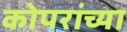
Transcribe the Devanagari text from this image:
कोपरांच्या